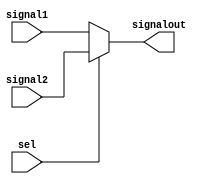
module mux(signalout,signal1,signal2,sel); 
output reg signalout; 
input wire signal1,signal2,sel;
always @(signal1 or signal2 or sel)
begin
if (sel==0)
signalout = signal1;
else if (sel==1)
signalout = signal2;
else
signalout = 1'bx;
end
endmodule